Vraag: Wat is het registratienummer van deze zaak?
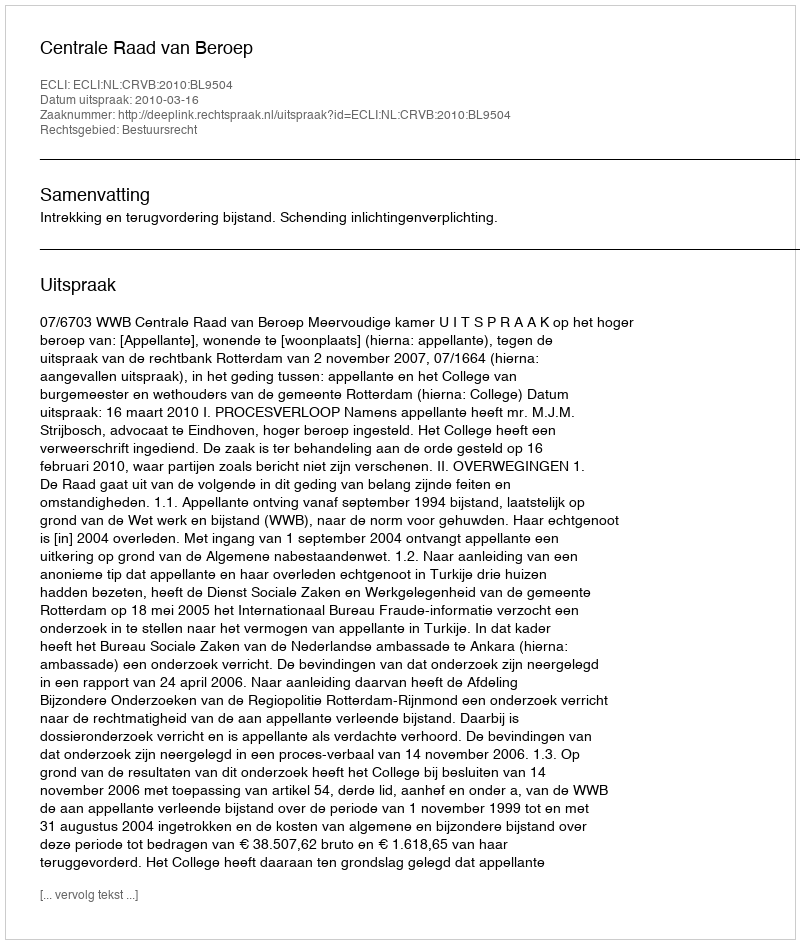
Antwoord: http://deeplink.rechtspraak.nl/uitspraak?id=ECLI:NL:CRVB:2010:BL9504